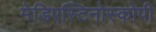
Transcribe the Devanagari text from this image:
मेडिएस्टिनोस्कोपी